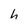
Character: h